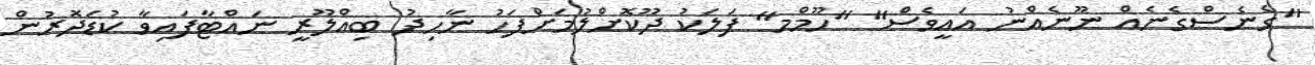
"ގެނެސްގެނެއް ނޫނެއްނު އައީވެސް" "ހޫމްމ" ފަލަކު ދޫކޮށްލުމަށްފަހު ނާހިދު ބިއްލޫރީ ނައްޓާފައިވާ ކުޑަދޮރުން